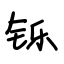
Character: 铄